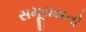
સમૂરાયનો